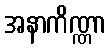
အနာကိဏ္ဏာ